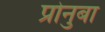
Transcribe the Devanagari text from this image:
प्रोनुबा